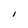
Character: I